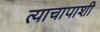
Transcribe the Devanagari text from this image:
त्याचापाशी